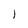
Character: l